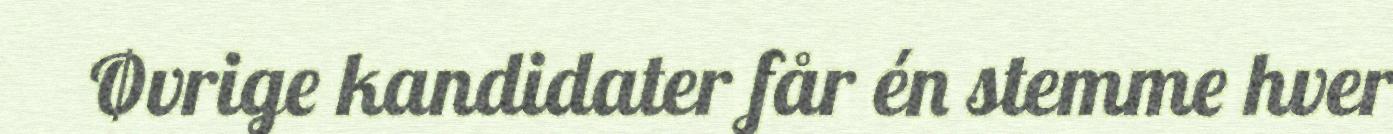
Øvrige kandidater får én stemme hver